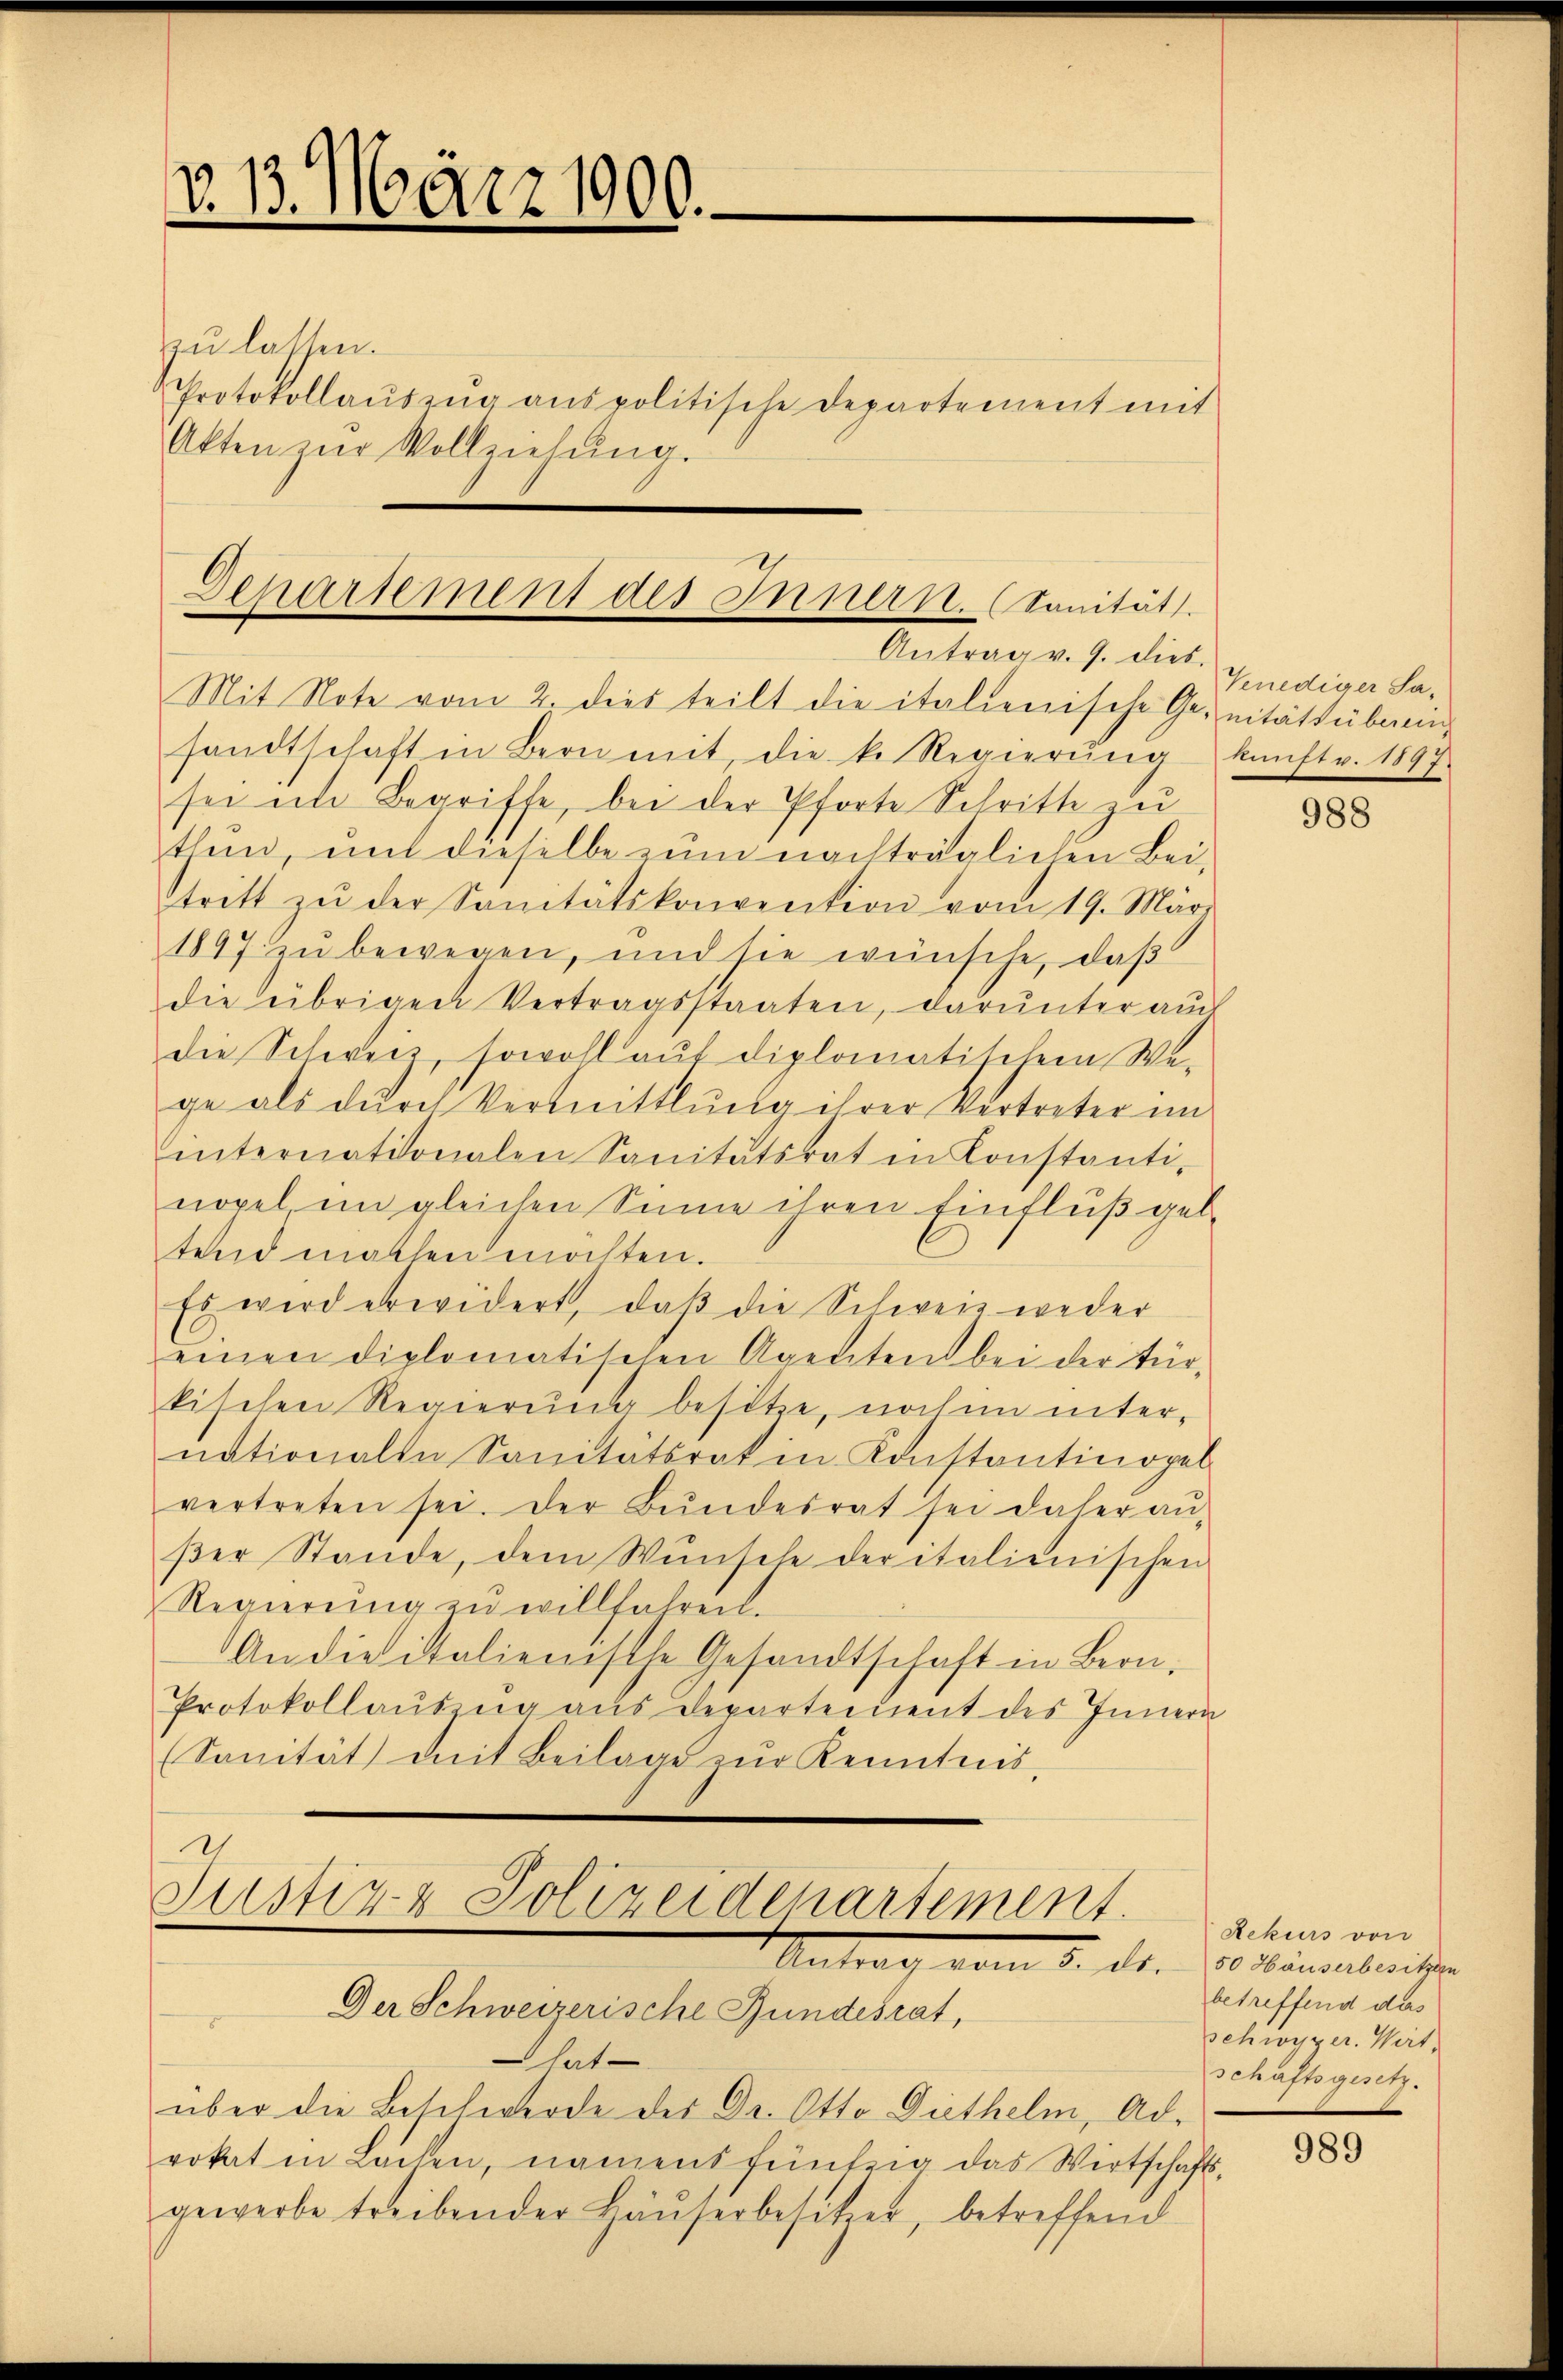
v. 13. März 1900.

zu lassen.
Protokollaŭszŭg anspolitische Departement mit
Akten zŭr Vollziehung.

Deparsement des Innern. (Sanität.
Antrag v. 9. dies

Mit Note vom 2. dies teilt die italienische Ge- eitätsübung
sandtschaft in Bern mit, die k. Regierŭng konft v. 1897.
sei im Begriffe, bei der Pforte Schritte zu
tlein, mit dieselbe zum nachträglichen Beitritt zŭ der Sanitätskonvention vom 19. März
1897 zu bewegen, und sie wünsche, daß
die übrigen Vertragsstaaten, darunter auch
die Schweiz, sowohl aŭf diplomatischem We-
ge als durch Vermittlung ihrer Vertreter im
internationalen Sanitätsrat in Konstanti-
nopel im gleichen Sinne ihren Einfluß geltend machen möchten.
Es wird erwidert, daß die Schweiz weder
einen diplomatischen Agenten bei der tür-
kischen Regierung besitze, noch in inter-
nationalen Sanitätsrat in Konstantinopel
vertreten sei. Der Bŭndesrat sei daher aŭ-
βer Stande, dem Wunsche der italienischen
Regierŭng zŭ willfahren.
An die italienische Gesandtschaft in Bern.
Protokollauszug aus Departement des Innern
Sanität mit Beilage zŭr Kenntnis,

2
Justiz- & Polizeiderartement.
Antrag vom 5. d.
Der Schweizerische Bundesrat,
8

Venediger Sa¬

hat
über die Beschwerde des Dr. Otto Diethelm, Adrokat in Lachen, namens fünfzig das Wirtschafts-
gewerbe treibender Häŭserbesitzer, betreffend

988

Rekurs von
50 Häuserbesitzen
betreffend das
Schwyzer. Wirt,
schaftsgesetz.

989